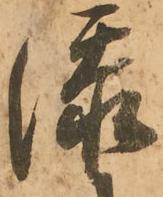
添